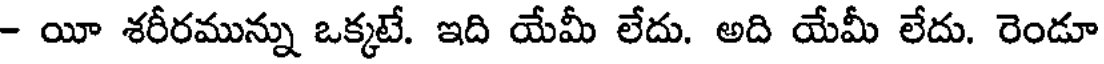
- యీ శరీరమున్ను ఒక్కటే. ఇది యేమీ లేదు. అది యేమీ లేదు. రెండూ